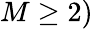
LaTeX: M\ge 2)